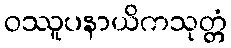
ဝဿူပနာယိကသုတ္တံ